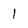
Character: 1